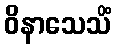
ဝိနာသေသိံ